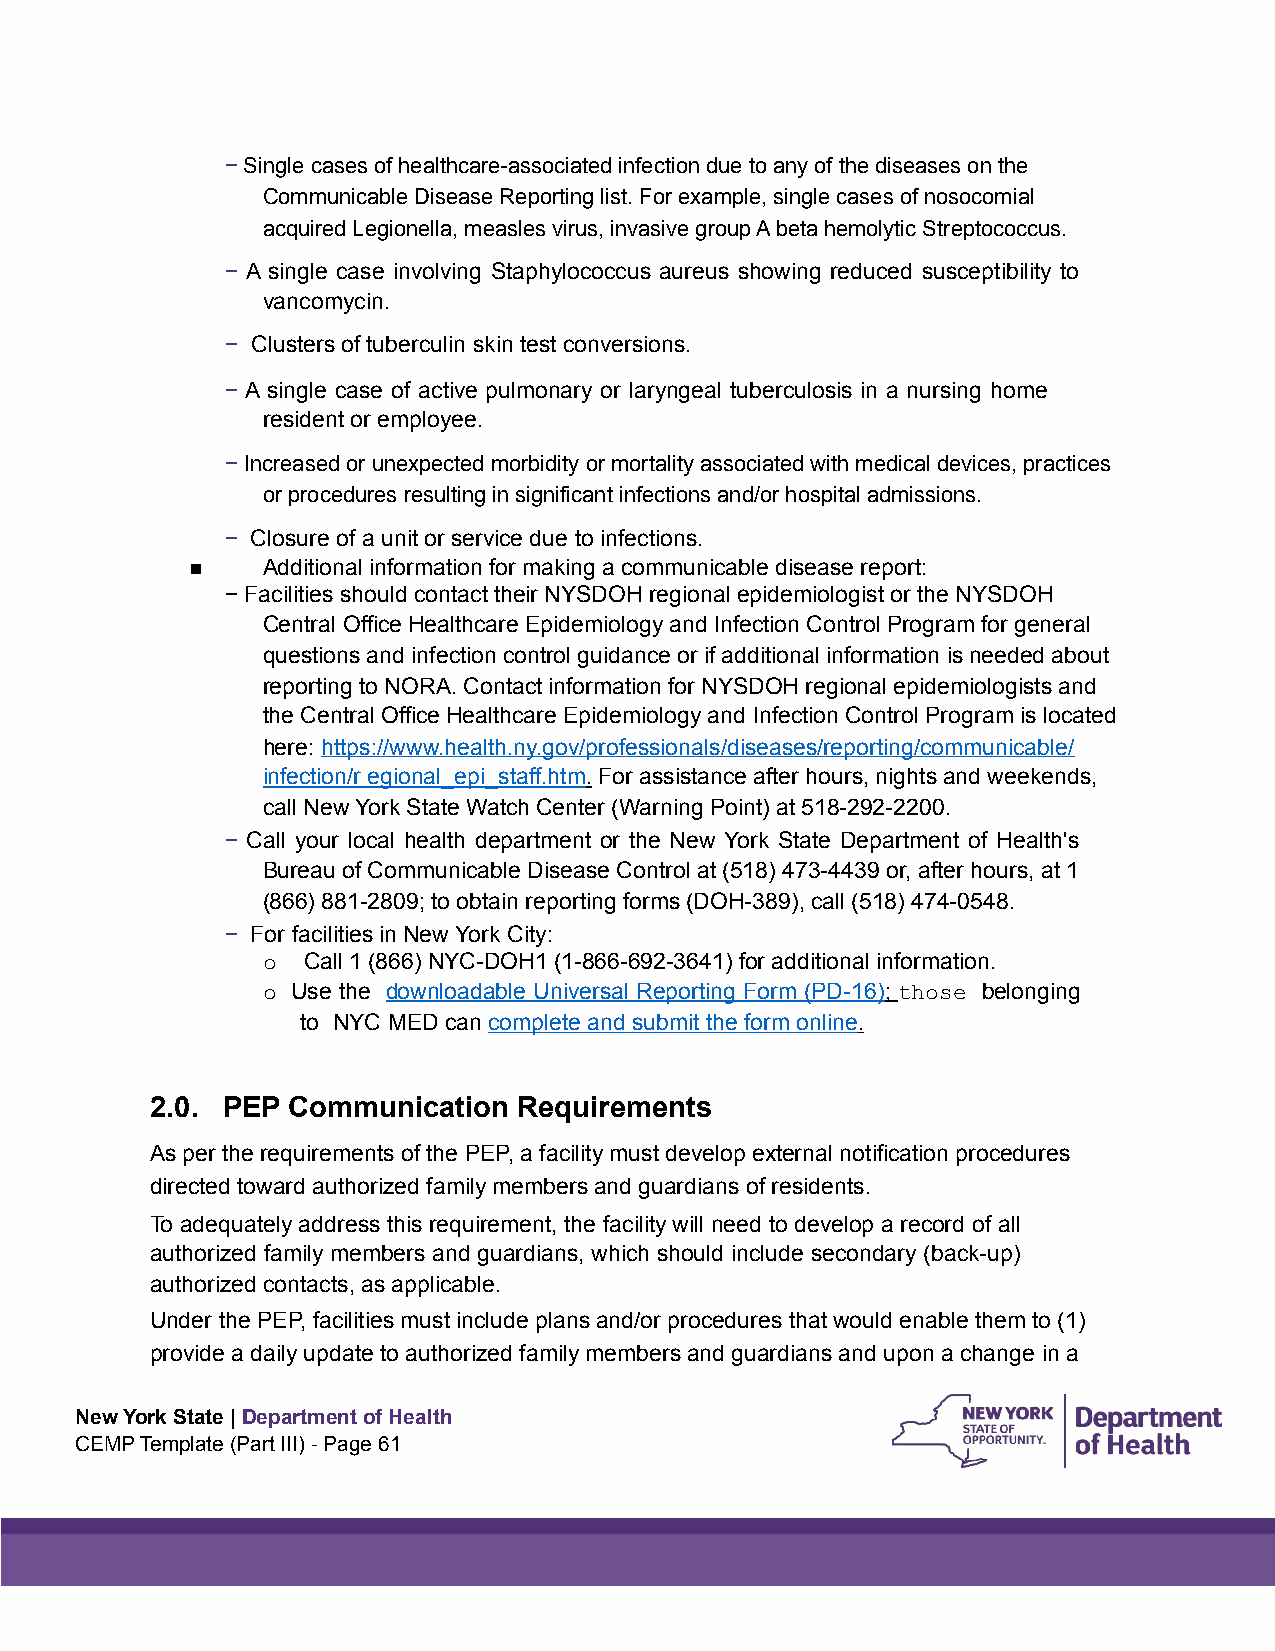
! Single cases of healthcare-associated infection due to any of the diseases on the
 Communicable Disease Reporting list. For example, single cases of nosocomial
 acquired Legionella, measles virus, invasive group A beta hemolytic Streptococcus.
 ! A single case involving Staphylococcus aureus showing reduced susceptibility to
 vancomycin.
 ! Clusters of tuberculin skin test conversions.
 ! A single case of active pulmonary or laryngeal tuberculosis in a nursing home
 resident or employee.
 ! Increased or unexpected morbidity or mortality associated with medical devices, practices
 or procedures resulting in significant infections and/or hospital admissions.
 ! Closure of a unit or service due to infections.
 ▪
 Additional information for making a communicable disease report:
 ! Facilities should contact their NYSDOH regional epidemiologist or the NYSDOH
 Central Office Healthcare Epidemiology and Infection Control Program for general
 questions and infection control guidance or if additional information is needed about
 reporting to NORA. Contact information for NYSDOH regional epidemiologists and
 the Central Office Healthcare Epidemiology and Infection Control Program is located
 here: https://www.health.ny.gov/professionals/diseases/reporting/communicable/
 infection/r egional_epi_staff.htm. For assistance after hours, nights and weekends,
 call New York State Watch Center (Warning Point) at 518-292-2200.
 ! Call your local health department or the New York State Department of Health's
 Bureau of Communicable Disease Control at (518) 473-4439 or, after hours, at 1
 (866) 881-2809; to obtain reporting forms (DOH-389), call (518) 474-0548.
 ! For facilities in New York City:
 o  Call 1 (866) NYC-DOH1 (1-866-692-3641) for additional information.
 o Use the downloadable Universal Reporting Form (PD-16); those belonging
 to NYC MED can complete and submit the form online.
 2.0. PEP Communication  Requirements
 As per the requirements of the PEP, a facility must develop external notification procedures
 directed toward authorized family members and guardians of residents.
 To adequately address this requirement, the facility will need to develop a record of all
 authorized family members and guardians, which should include secondary (back-up)
 authorized contacts, as applicable.
 Under the PEP, facilities must include plans and/or procedures that would enable them to (1)
 provide a daily update to authorized family members and guardians and upon a change in a
 New York State | Department of Health
 C EMP Template (Part III) - Page 61